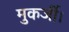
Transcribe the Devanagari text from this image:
मुकर्जी।